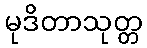
မုဒိတာသုတ္တ